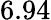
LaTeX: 6.94